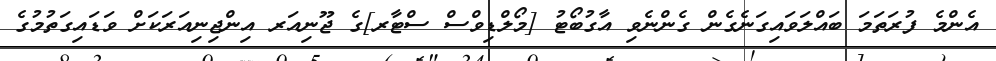
އެންމެ ފުރަތަމަ ބައްލަވައިގަނެގެން ގެންނެވި އާގުބޯޓު [މޯލްޑިވްސް ސްޓާރ]ގެ ޖޫނިއަރ އިންޖިނިއަރަކަށް ވަޑައިގަތުމުގެ